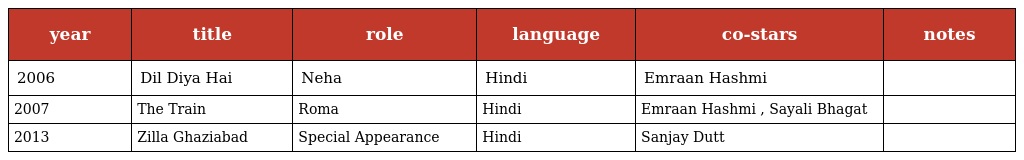
| year | title | role | language | co-stars | notes |
 | --- | --- | --- | --- | --- | --- |
 | 2006 | Dil Diya Hai | Neha | Hindi | Emraan Hashmi |  |
 | 2007 | The Train | Roma | Hindi | Emraan Hashmi , Sayali Bhagat |  |
 | 2013 | Zilla Ghaziabad | Special Appearance | Hindi | Sanjay Dutt |  |